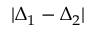
| \Delta _ { 1 } - \Delta _ { 2 } |